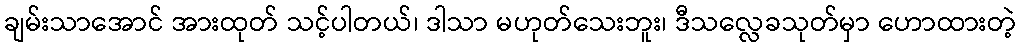
ချမ်းသာအောင် အားထုတ် သင့်ပါတယ်၊ ဒါသာ မဟုတ်သေးဘူး၊ ဒီသလ္လေခသုတ်မှာ ဟောထားတဲ့